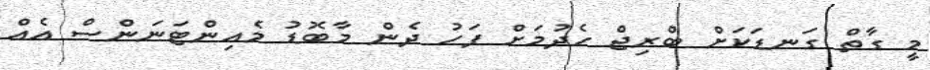
މީ ގާތް ގަނޑަކަށް ބްރިޖް ހެދުމަށް ފަހު ދެން މާބޮޑު މެއިންޓަނަންސް އެއް